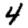
Digit: 4